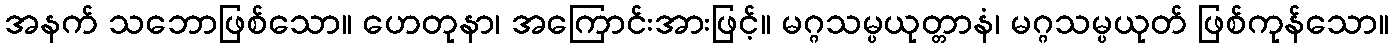
အနက် သဘောဖြစ်သော။ ဟေတုနာ၊ အကြောင်းအားဖြင့်။ မဂ္ဂသမ္ပယုတ္တာနံ၊ မဂ္ဂသမ္ပယုတ် ဖြစ်ကုန်သော။